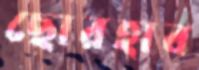
ছোরহাব